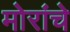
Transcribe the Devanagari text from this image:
मोरांचे